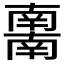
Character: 𰆀